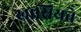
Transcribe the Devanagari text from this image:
खासियते